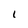
Character: 1